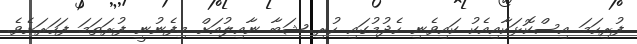
ފުރިހަމަ އިސްކޮޅަކާއިއެކު ކައިވެނި ހެދުމުގައި ހުރި ޝަބާ ނާއިލުއަށް މިފެނުނީ ފުރަތަމަ ފަހަރަށެވެ.